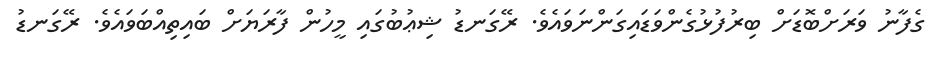
ގެފާނު ވަރަށްބޮޑަށް ބިރުފުޅުގެންވަޑައިގަންނަވައެވެ. ރޭގަނޑު ޝިޢުބުގައި މީހުން ފާރަޔަށް ބައިތިއްބަވައެވެ. ރޭގަނޑު